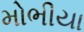
મોભીયા